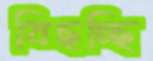
বিছচ্ছি